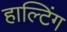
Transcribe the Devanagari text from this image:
हाल्टिंग